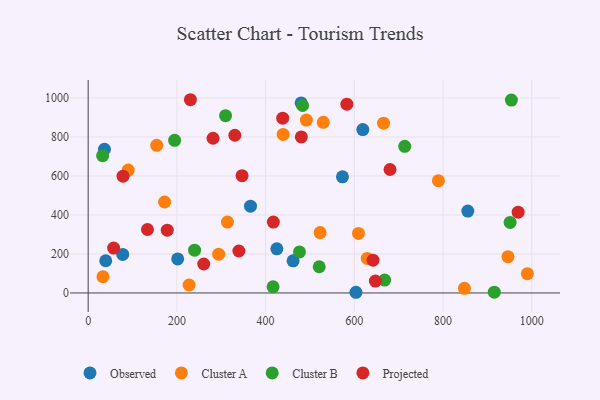
{"axis": {"x": "Ad Spend", "y": "Demand"}, "legend": ["Cluster A", "Cluster B", "Observed", "Projected"], "data": [{"x": "425.3", "y": 226.5, "type": "Observed"}, {"x": "39.6", "y": 165.3, "type": "Observed"}, {"x": "480.1", "y": 974.8, "type": "Observed"}, {"x": "201.8", "y": 174.5, "type": "Observed"}, {"x": "36.7", "y": 737.2, "type": "Observed"}, {"x": "855.7", "y": 419.8, "type": "Observed"}, {"x": "603.6", "y": 3.5, "type": "Observed"}, {"x": "461.9", "y": 164.8, "type": "Observed"}, {"x": "573.2", "y": 595.8, "type": "Observed"}, {"x": "365.9", "y": 444.9, "type": "Observed"}, {"x": "619.1", "y": 837.9, "type": "Observed"}, {"x": "77.9", "y": 197.4, "type": "Observed"}, {"x": "172.2", "y": 466.4, "type": "Cluster A"}, {"x": "227.5", "y": 40.7, "type": "Cluster A"}, {"x": "848.1", "y": 23.7, "type": "Cluster A"}, {"x": "522.8", "y": 309.7, "type": "Cluster A"}, {"x": "33.3", "y": 83.1, "type": "Cluster A"}, {"x": "90.3", "y": 630.5, "type": "Cluster A"}, {"x": "154.5", "y": 757.1, "type": "Cluster A"}, {"x": "665.8", "y": 870.7, "type": "Cluster A"}, {"x": "789.4", "y": 575.8, "type": "Cluster A"}, {"x": "530.0", "y": 875.4, "type": "Cluster A"}, {"x": "294.2", "y": 199.0, "type": "Cluster A"}, {"x": "491.8", "y": 886.5, "type": "Cluster A"}, {"x": "990.0", "y": 98.8, "type": "Cluster A"}, {"x": "314.0", "y": 363.4, "type": "Cluster A"}, {"x": "629.1", "y": 177.1, "type": "Cluster A"}, {"x": "609.3", "y": 305.4, "type": "Cluster A"}, {"x": "946.2", "y": 186.3, "type": "Cluster A"}, {"x": "439.5", "y": 813.3, "type": "Cluster A"}, {"x": "476.3", "y": 210.6, "type": "Cluster B"}, {"x": "32.6", "y": 704.1, "type": "Cluster B"}, {"x": "416.8", "y": 31.7, "type": "Cluster B"}, {"x": "520.8", "y": 134.5, "type": "Cluster B"}, {"x": "239.9", "y": 219.3, "type": "Cluster B"}, {"x": "954.0", "y": 989.4, "type": "Cluster B"}, {"x": "713.5", "y": 752.1, "type": "Cluster B"}, {"x": "951.1", "y": 361.9, "type": "Cluster B"}, {"x": "915.4", "y": 4.2, "type": "Cluster B"}, {"x": "194.9", "y": 783.0, "type": "Cluster B"}, {"x": "309.7", "y": 909.1, "type": "Cluster B"}, {"x": "668.2", "y": 66.1, "type": "Cluster B"}, {"x": "483.3", "y": 961.6, "type": "Cluster B"}, {"x": "969.2", "y": 414.1, "type": "Projected"}, {"x": "339.7", "y": 215.2, "type": "Projected"}, {"x": "78.6", "y": 598.8, "type": "Projected"}, {"x": "230.5", "y": 991.1, "type": "Projected"}, {"x": "642.1", "y": 167.9, "type": "Projected"}, {"x": "133.7", "y": 325.5, "type": "Projected"}, {"x": "438.5", "y": 896.5, "type": "Projected"}, {"x": "583.1", "y": 968.3, "type": "Projected"}, {"x": "480.5", "y": 800.4, "type": "Projected"}, {"x": "330.6", "y": 808.8, "type": "Projected"}, {"x": "57.4", "y": 230.4, "type": "Projected"}, {"x": "417.4", "y": 363.5, "type": "Projected"}, {"x": "346.9", "y": 601.4, "type": "Projected"}, {"x": "281.5", "y": 793.4, "type": "Projected"}, {"x": "647.4", "y": 61.2, "type": "Projected"}, {"x": "178.3", "y": 321.8, "type": "Projected"}, {"x": "260.5", "y": 148.4, "type": "Projected"}, {"x": "680.4", "y": 633.2, "type": "Projected"}]}